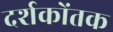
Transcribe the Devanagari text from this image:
दर्शकोंतक